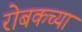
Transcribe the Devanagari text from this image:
रोबकच्या